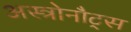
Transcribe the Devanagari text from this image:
अस्त्रोनौट्स